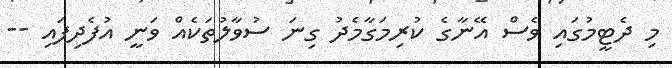
މި ދެޓީމުގައި ވެސް އޭނާގެ ކުރިމަގާމެދު ގިނަ ސުވާލުތަކެއް ވަނީ އުފެދިފައި --